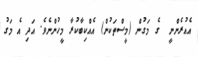
އެއުރެންނީ  ގެ މަގުން (މީސްތަކުން) އެއްކިބާކުރާ މީހުންނެވެ. އަދި އެ މަގު